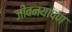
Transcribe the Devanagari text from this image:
जीवनयापण